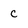
Character: c